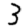
Digit: 3